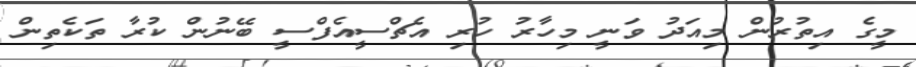
މީގެ އިތުރުން މިއަދު ވަނީ މިހާރު ހުރި އެޗްސީއެފްސީ ބޭނުން ކުރާ ތަކެތިން